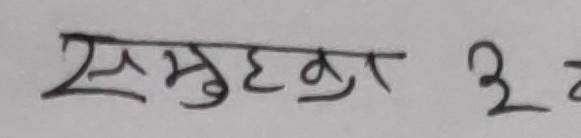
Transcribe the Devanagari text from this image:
समुहकु ३